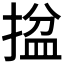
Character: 𢱔